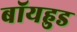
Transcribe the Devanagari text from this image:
बॉयहुड